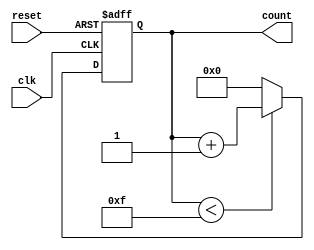
module binary_counter #(parameter N = 4) (
    input wire clk,        // Clock signal
    input wire reset,      // Active-high reset signal
    output reg [N-1:0] count // N-bit output count
);

    // Maximum value for N-bit counter
    localparam MAX_VALUE = (1 << N) - 1; // Equivalent to 2^N - 1

    // Synchronous operation: Count logic
    always @(posedge clk or posedge reset) begin
        if (reset) begin
            count <= 0; // Reset count to 0
        end else begin
            if (count < MAX_VALUE) begin
                count <= count + 1; // Increment count
            end else begin
                count <= 0; // Wrap around
            end
        end
    end

endmodule